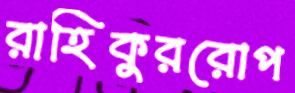
রাহিকুররোপ